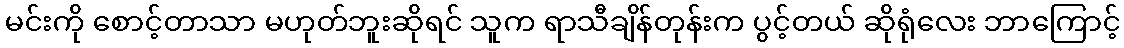
မင်းကို စောင့်တာသာ မဟုတ်ဘူးဆိုရင် သူက ရာသီချိန်တုန်းက ပွင့်တယ် ဆိုရုံလေး ဘာကြောင့်